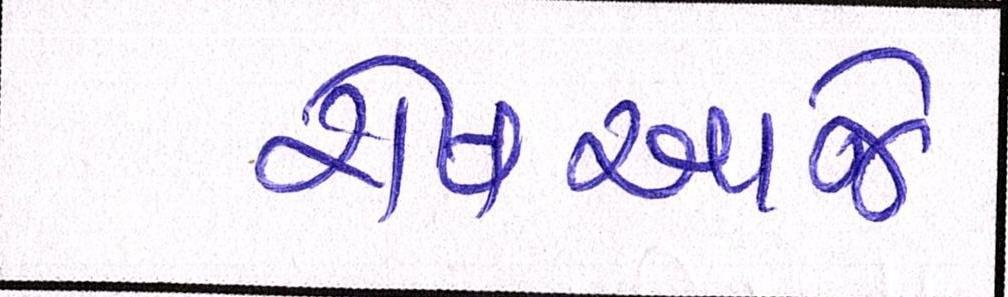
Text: રોષઆજે